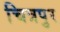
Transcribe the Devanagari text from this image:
चित्रपुर